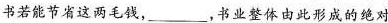
书若能节省这两毛钱，___，书业整体由此形成的绝对